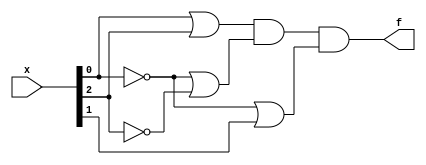
// https://hdlbits.01xz.net/wiki/Exams/m2014_q3

module top_module (
    input [4:1] x,
    output f );

    // sum of product
    // assign f = (~x[1] & x[3]) | (x[2] & ~x[3] & x[4]);

    // product of sum
    assign f = (x[1] | x[3]) & (~x[1] | ~x[3]) & (~x[1] | x[2]);

endmodule